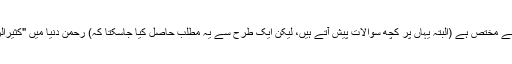
بعض علماء کا کہنا ہے کہ رحمن دنیا سے مختص ہے اور رحیم آخرت سے مختص ہے (البتہ یہاں پر کچھ سوالات پیش آتے ہیں، لیکن ایک طرح سے یہ مطلب حاصل کیا جاسکتا کہ) رحمن دنیا میں "کثیرالرحمۃ" کے معنی میں ہے اور اس رحمت کا تسلسل آخرت سے متعلق ہے۔